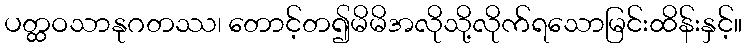
ပတ္ထဝသာနုဂတဿ၊ တောင့်တ၍မိမိအလိုသို့လိုက်ရသောမြင်းထိန်းနှင့်။